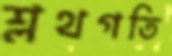
শ্লথগতি